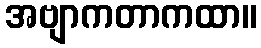
အဗျာကတာကထာ။